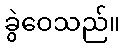
ခွဲဝေသည်။